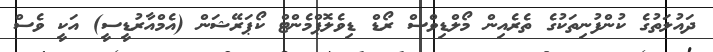
ދައުލަތުގެ ކުންފުނިތަކުގެ ތެރެއިން މޯލްޑިވްސް ރޯޑް ޑިވެލޮޕްމެންޓް ކޯޕަރޭޝަން (އެމްއާރުޑީސީ) އަކީ ވެސް